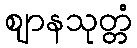
ဈာနသုတ္တံ